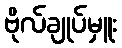
ဗိုလ်ချုပ်မှူး